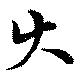
火